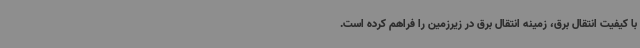
با کیفیت انتقال برق، زمینه انتقال برق در زیرزمین را فراهم کرده است.